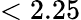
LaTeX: <2.25